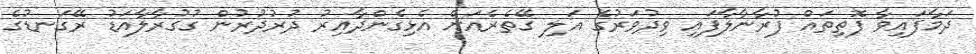
ދަމާފައިވާ ފޮތިތައް ފުރާނާލާފައި ވިދުވަރުގެ އަލި ގޭތެރެއަށް އެޅިގެންދާއިރު ދުރުދުރުން ގުގުރާލާއަޑު ރޭގަނޑުގެ